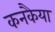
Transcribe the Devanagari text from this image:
कनकैया